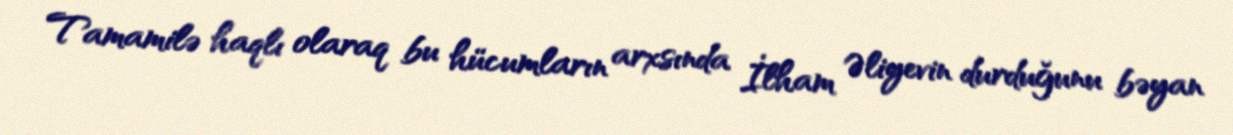
Tamamilə haqlı olaraq bu hücumların arxsında İlham Əliyevin durduğunu bəyan